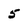
Character: 5